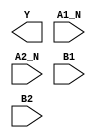
/**
 * Copyright 2020 The SkyWater PDK Authors
 *
 * Licensed under the Apache License, Version 2.0 (the "License");
 * you may not use this file except in compliance with the License.
 * You may obtain a copy of the License at
 *
 *     https://www.apache.org/licenses/LICENSE-2.0
 *
 * Unless required by applicable law or agreed to in writing, software
 * distributed under the License is distributed on an "AS IS" BASIS,
 * WITHOUT WARRANTIES OR CONDITIONS OF ANY KIND, either express or implied.
 * See the License for the specific language governing permissions and
 * limitations under the License.
 *
 * SPDX-License-Identifier: Apache-2.0
 */

`ifndef SKY130_FD_SC_MS__A2BB2OI_BLACKBOX_V
`define SKY130_FD_SC_MS__A2BB2OI_BLACKBOX_V

/**
 * a2bb2oi: 2-input AND, both inputs inverted, into first input, and
 *          2-input AND into 2nd input of 2-input NOR.
 *
 *          Y = !((!A1 & !A2) | (B1 & B2))
 *
 * Verilog stub definition (black box without power pins).
 *
 * WARNING: This file is autogenerated, do not modify directly!
 */

`timescale 1ns / 1ps
`default_nettype none

(* blackbox *)
module sky130_fd_sc_ms__a2bb2oi (
    Y   ,
    A1_N,
    A2_N,
    B1  ,
    B2
);

    output Y   ;
    input  A1_N;
    input  A2_N;
    input  B1  ;
    input  B2  ;

    // Voltage supply signals
    supply1 VPWR;
    supply0 VGND;
    supply1 VPB ;
    supply0 VNB ;

endmodule

`default_nettype wire
`endif  // SKY130_FD_SC_MS__A2BB2OI_BLACKBOX_V